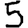
Digit: 5